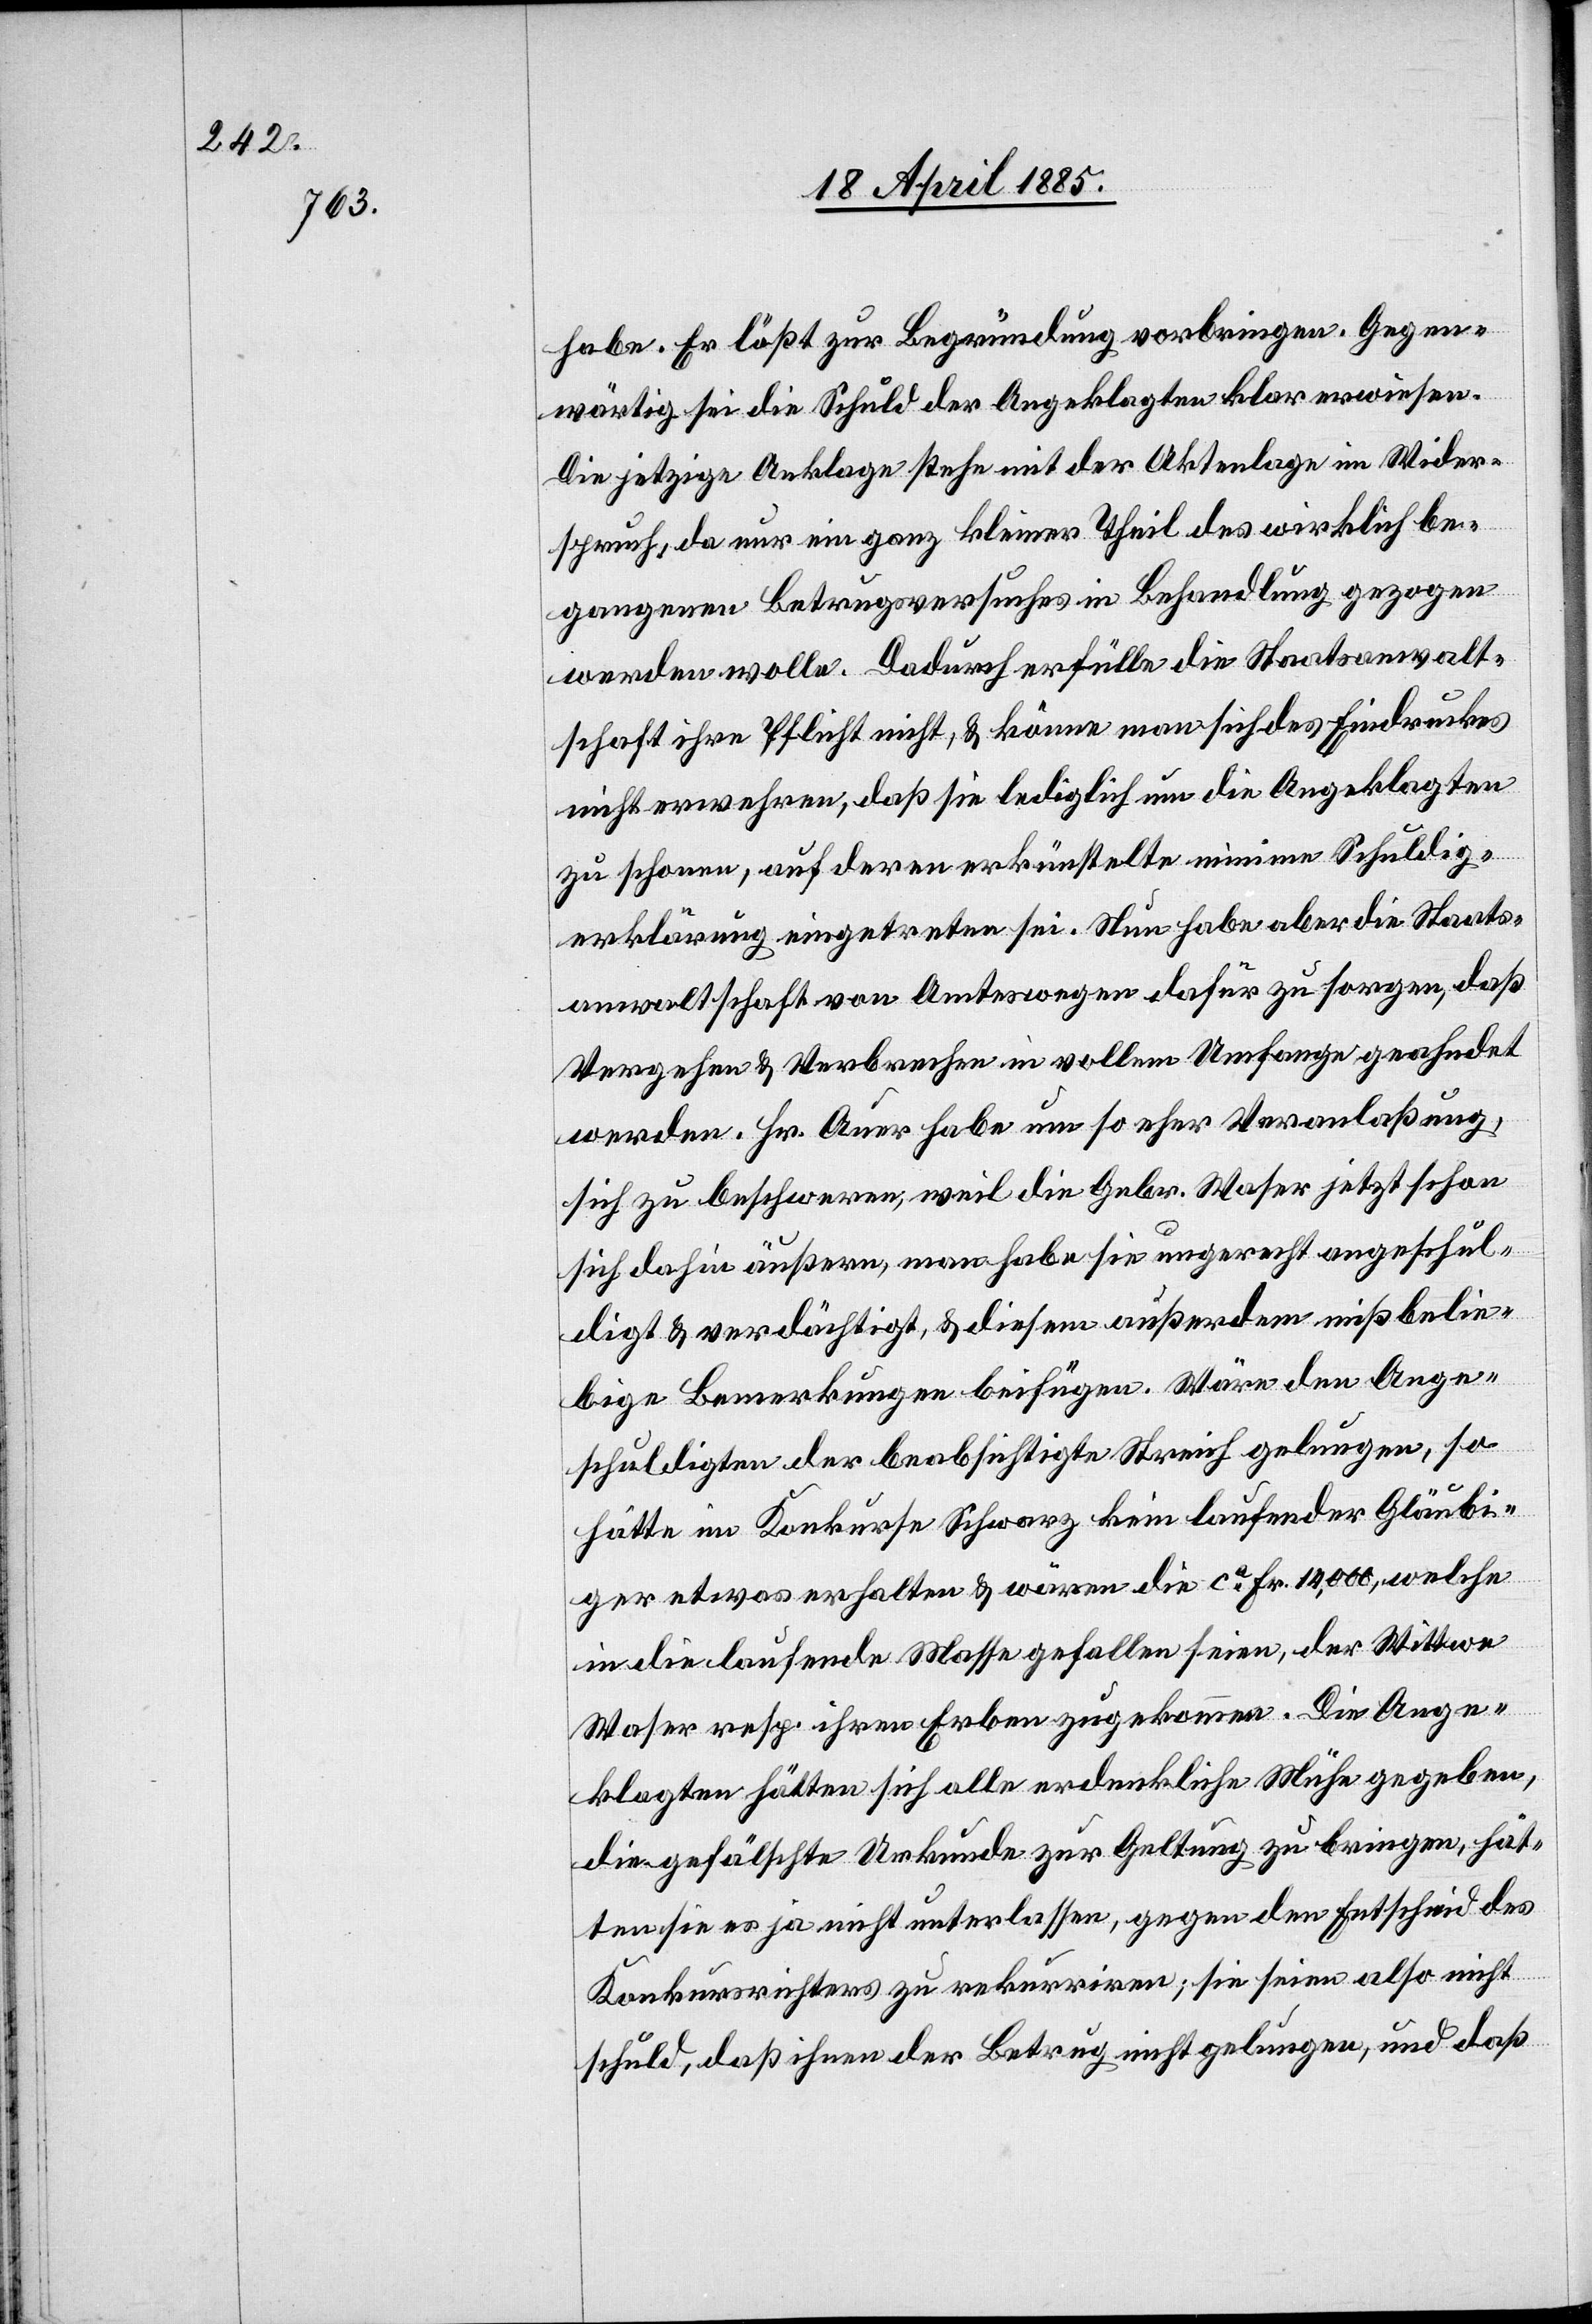
habe. Er läßt zur Begründung vorbringen. Gegen¬
wärtig sei die Schuld der Angeklagten klar erwiesen.
Die jetzige Anklage stehe mit der Aktenlage im Wider¬
spruch, da nur ein ganz kleiner Theil des wirklich be¬
gangenen Betrugsversuches in Behandlung gezogen
werden wolle. Dadurch erfülle die Staatsanwalt¬
schaft ihre Pflicht nicht, & könne man sich des Eindruckes
nicht erwehren, daß sie lediglich um die Angeklagten
zu schonen, auf deren erkünstelte minime Schuldig¬
erklärung eingetreten sei. Nun habe aber die Staats¬
anwaltschaft von Amtswegen dafür zu sorgen daß
Vergehen & Verbrechen in vollem Umfange geahndet
werden. Hr. Auer habe um so eher Veranlaßung,
sich zu beschweren, weil die Gebr. Waser jetzt schon
sich dahin äußern, man habe sie ungerecht angeschul¬
digt & verdächtigt, & diesem außerdem mißbelie¬
bige Bemerkungen beifügen. Wäre den Ange¬
schuldigten der beabsichtigte Streich gelungen, so
hätte im Konkurse Schwarz kein laufender Gläubi¬
ger etwas erhalten & wären die ca Fr. 14,000, welche
in die laufende Masse gefallen seien, der Wittwe
Waser resp. ihren Erben zugekommen. Die Ange¬
klagten hätten sich alle erdenkliche Mühe gegeben,
die gefälschte Urkunde zur Geltung zu bringen, hät¬
ten sie es ja nicht unterlassen, gegen den Entscheid des
Konkursrichters zu rekurriren; sie seien also nicht
schuld, daß ihnen der Betrug nicht gelungen, und daß